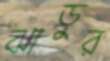
ঝাড়ুর